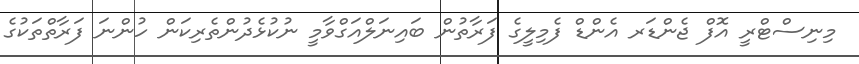
މިނިސްޓްރީ އޮފް ޖެންޑަރ އެންޑް ފެމިލީގެ ފަރާތުން ބައިނަލްއަގްވާމީ ނުކުޅެދުންތެރިކަން ހުންނަ ފަރާތްތަކުގެ